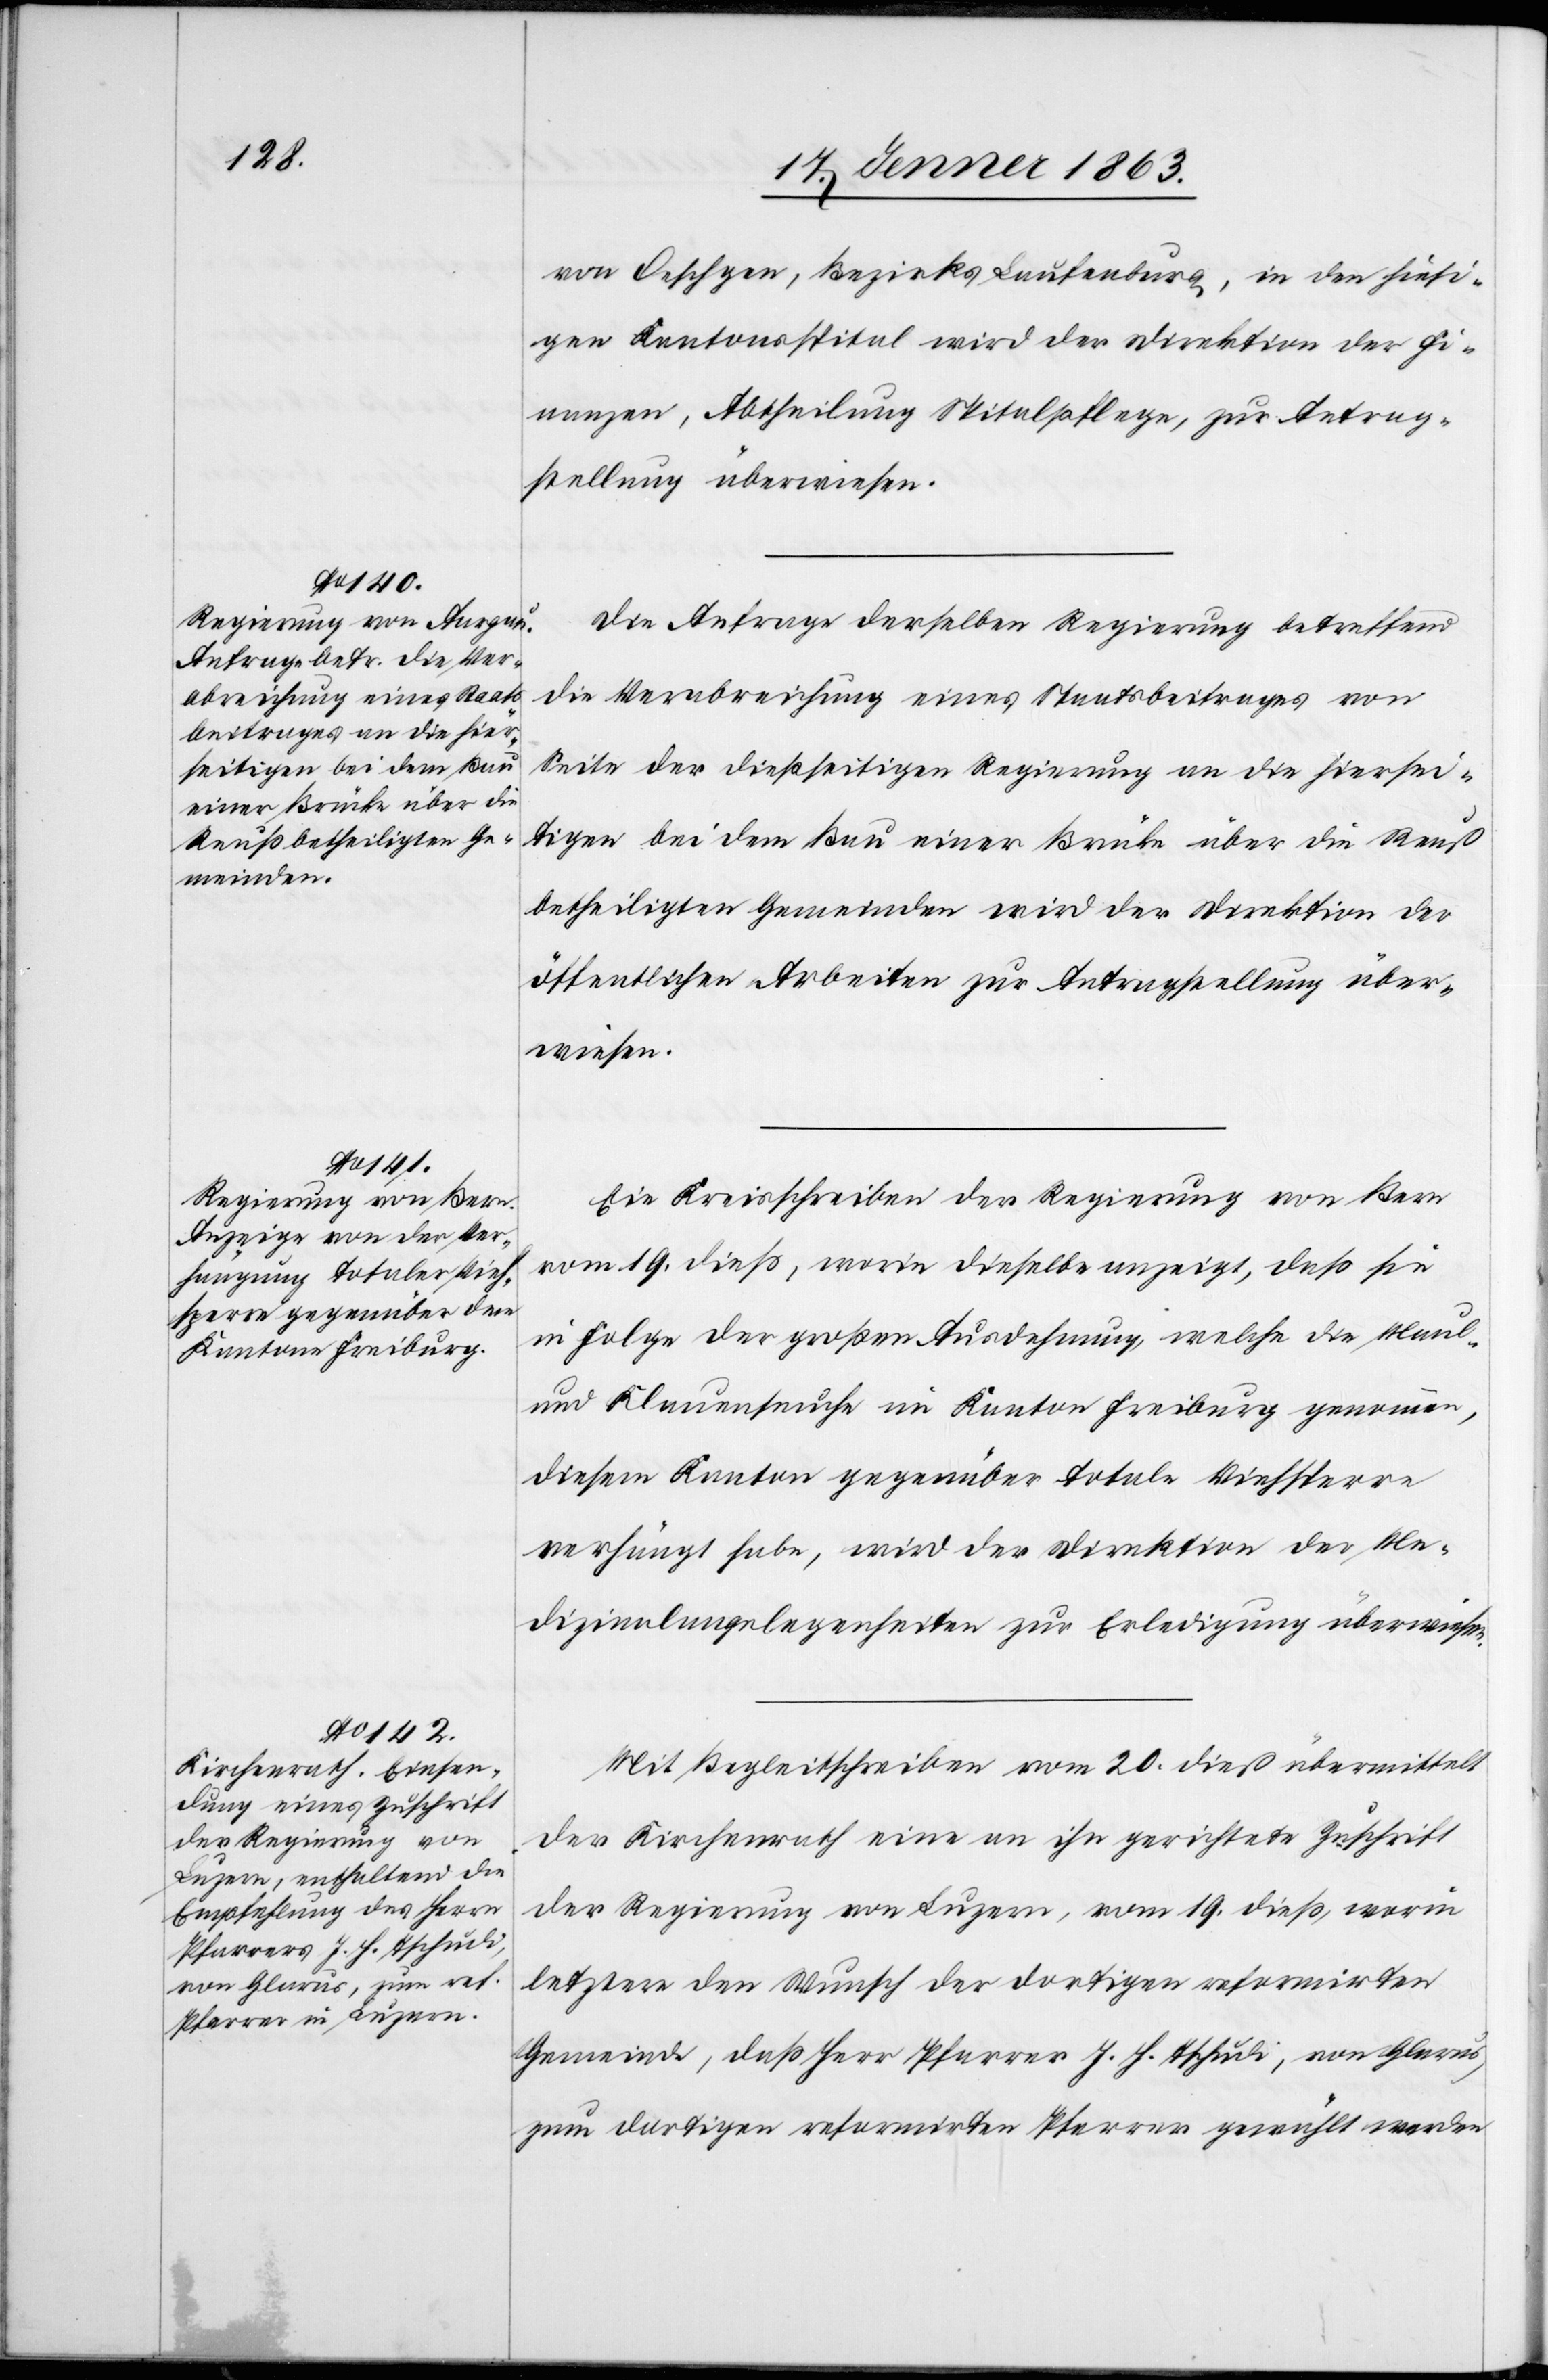
22. Jenner 1863.]
von Oeschgen, Bezirks Laufenburg, in den hiesi¬
gen Kantonsspital wird der Direktion der Fi¬
nanzen, Abtheilung Spitalpflege, zur Antrag¬
stellung überwiesen.
Die Anfrage derselben Regierung betreffend
die Verabreichung eines Staatsbeitrages von
Seite der dießseitigen Regierung an die hiersei¬
tigen bei dem Bau einer Brücke über die Reuß
betheiligten Gemeinden wird der Direktion der
öffentlichen Arbeiten zur Antragstellung über¬
wiesen.
Ein Kreisschreiben der Regierung von Bern
vom 19. dieß, worin dieselbe anzeigt, daß sie
in Folge der großen Ausdehnung, welche die Maul-
und Klauenseuche im Kanton Freiburg genommen,
diesem Kanton gegenüber totale Viehsperre
verhängt habe, wird der Direktion der Me¬
dizinalangelegenheiten zur Erledigung überwiesen.
Mit Begleitschreiben vom 20. dieß übermittelt
der Kirchenrath eine an ihn gerichtete Zuschrift
der Regierung von Luzern, vom 19. dieß, worin
letztere den Wunsch der dortigen reformirten
Gemeinde, daß Herr Pfarrer J. H. Tschudi, von Glarus,
zum dortigen reformirten Pfarrer gewählt werden